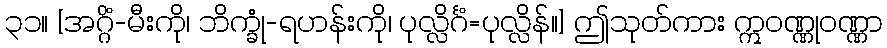
၃၁။ [အဂ္ဂိံ-မီးကို၊ ဘိက္ခုံ-ရဟန်းကို၊ ပုလ္လိင်္ဂံ=ပုလ္လိန်။] ဤသုတ်ကား ဣဝဏ္ဏုဝဏ္ဏာ